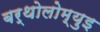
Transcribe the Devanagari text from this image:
बर्थोलोम्युइ